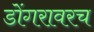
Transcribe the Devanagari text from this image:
डोंगरावरच